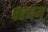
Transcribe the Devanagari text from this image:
चरयन